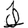
Digit: 1